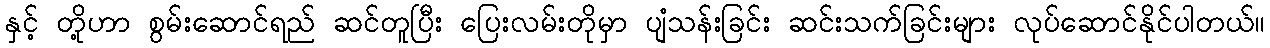
နှင့် တို့ဟာ စွမ်းဆောင်ရည် ဆင်တူပြီး ပြေးလမ်းတိုမှာ ပျံသန်းခြင်း ဆင်းသက်ခြင်းများ လုပ်ဆောင်နိုင်ပါတယ်။